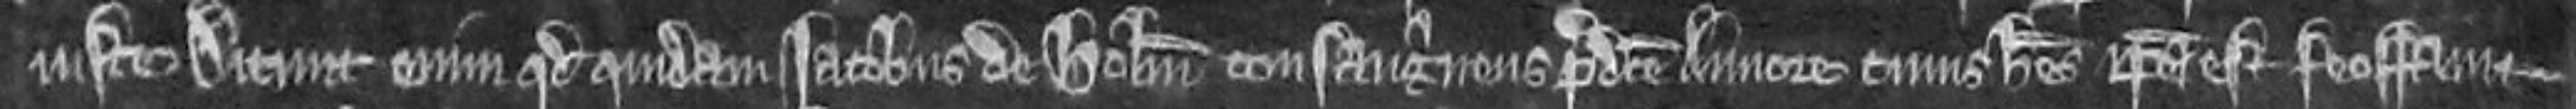
Juste. Dicunt enim quod quidam Jacobus de Holm consanguineus predicte Annore cuius heres ipsa est feoffavit